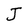
Character: J